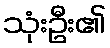
သုံးဦး၏